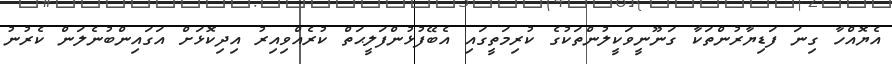
އެޔޮއްހާ ގިނަ ފަޑިޔާރުންތަކާ ގަނޫނީވަކީލުންތަކުގެ ކުރިމަތީގައި އެބޭފުޅުންފަލީޙަތް ކުރެއްވިއިރު އިދިކޮޅަށް އަގައިންބުނެލަން ކެރުނު